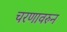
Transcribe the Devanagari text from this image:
चरणावरुन